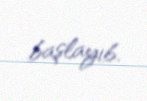
başlayıb.